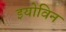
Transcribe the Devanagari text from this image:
इयोविन